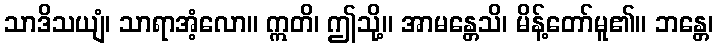
သာဒိသယျံ၊ သာရာအံ့လော။ ဣတိ၊ ဤသို့။ အာမန္တေသိ၊ မိန့်တော်မူ၏။ ဘန္တေ၊